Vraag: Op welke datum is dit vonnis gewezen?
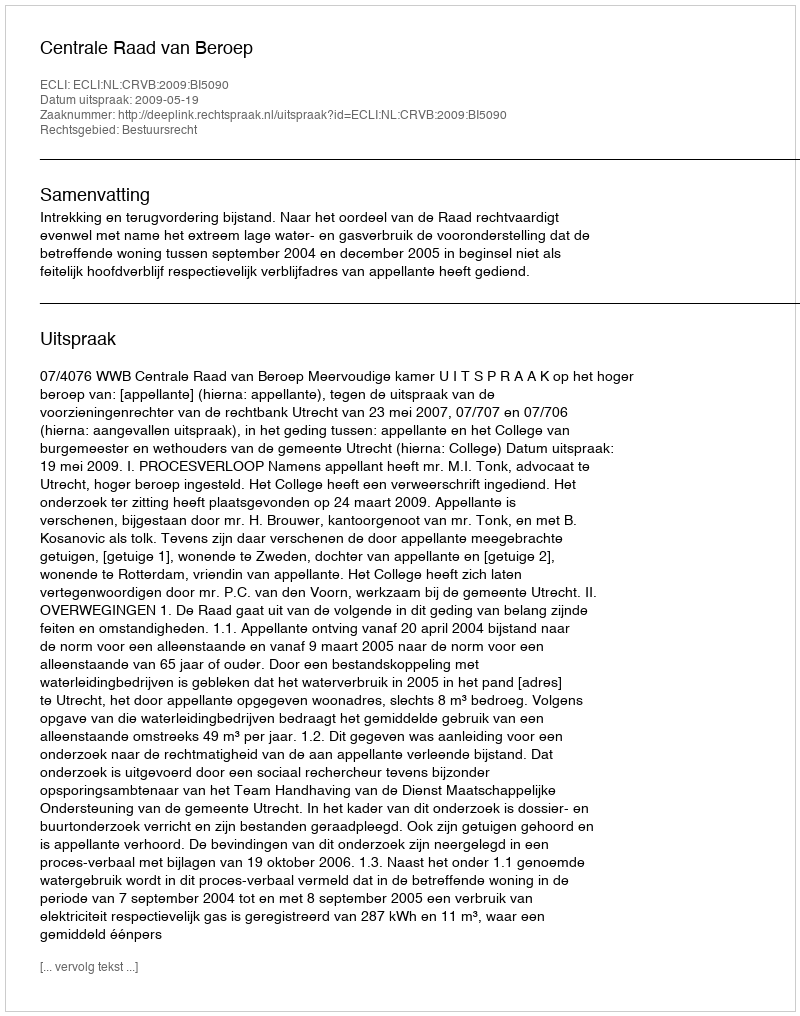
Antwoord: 2009-05-19